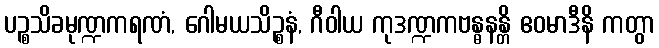
ပဉ္စသိခမုဏ္ဍကရဏံ, ဂေါမယသိဉ္စနံ, ဂီဝါယ ကုဒဏ္ဍကဗန္ဓနန္တိ ဧဝမာဒီနိ ကတွာ